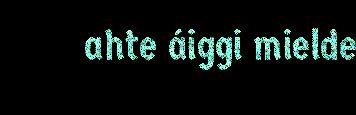
ahte áiggi mielde